Leaving Certificate Examination (including Day School Certificate (Higher) General paper), 1929
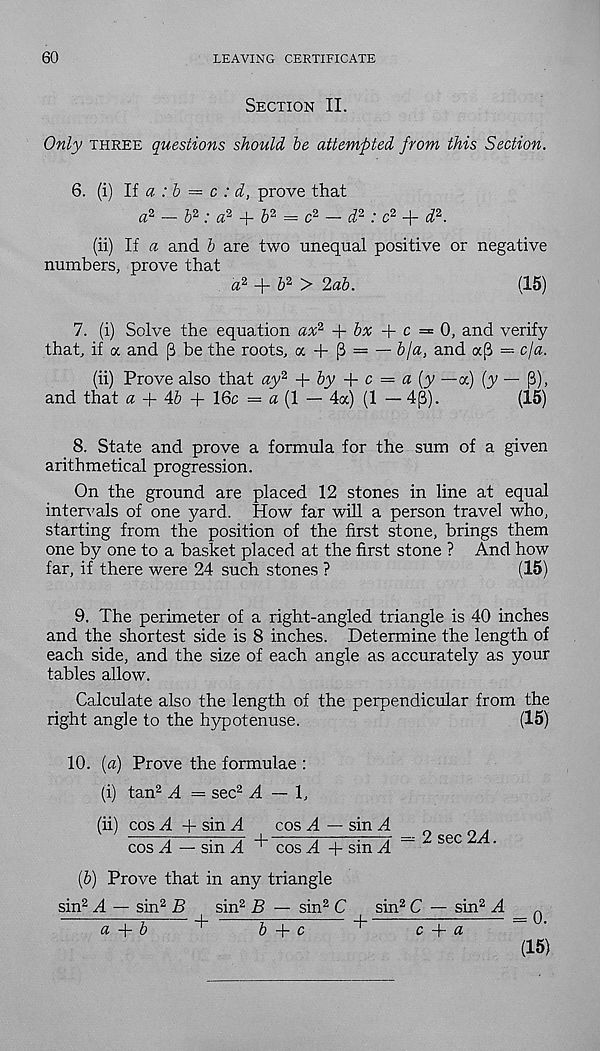
60
LEAVING CERTIFICATE
Section II.
Only three questions should he attempted from this Section.
6. (i) li a :h = c : d, prove that
a 2 _ £2 • a 2 J rb 2 = c z_ d 2 : q2 +
(ii) If a and b are two unequal positive or negative
numbers, prove that
a 2
b 2 > 2ab.
(15)
7. (i) Solve the equation ax 2 + bx + c = 0, and verify
that, if a and (3 be the roots, a + ^ = — 6/a, and a(3 = c/a.
(ii) Prove also that ay 2 + by + c — a (y —a) (y — ft),
and that a + 46 + 16c = a (1 — 4a) (1 — 4(3).
(15)
8. State and prove a formula for the sum of a given
arithmetical progression.
On the ground are placed 12 stones in line at equal
intervals of one yard. How far will a person travel who,
starting from the position of the first stone, brings them
one by one to a basket placed at the first stone ? And how
far, if there were 24 such stones ?
(15)
9. The perimeter of a right-angled triangle is 40 inches
and the shortest side is 8 inches. Determine the length of
each side, and the size of each angle as accurately as your
tables allow.
Calculate also the length of the perpendicular from the
right angle to the hypotenuse.
(15)
10. (a) Prove the formulae :
(i) tan 2 A = sec 2 .4 — 1,
(ii) cos A + sin 4.
cos 4 — sin 4
A
* +
T~,—=—7 = 2 sec 24.
cos 4 — sm 4 ^ cos 4 + sm 4
(6) Prove that in any triangle
sin 2 4 — sin 2 B
sin 2 B — sin 2 C
sin 2 C — sin 2 4 _ ^
a + b
6 + c
c-j-a
(15)